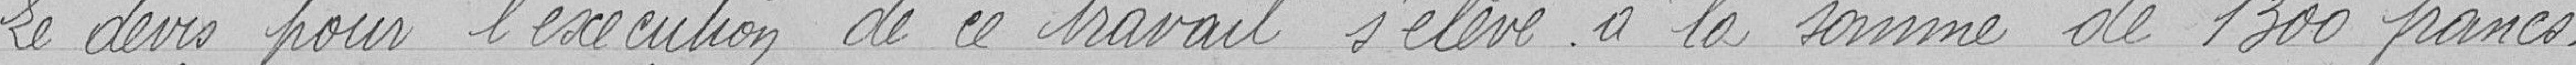
Le devis pour l’exécution de ce travail s'élève à la somme de 1300 francs